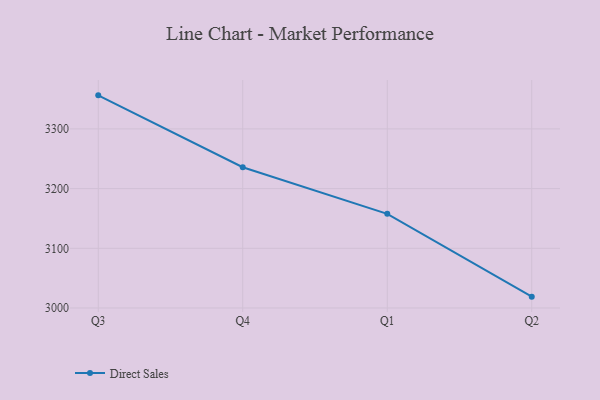
{"axis": {"x": "Quarter", "y": "Bounce Rate (%)"}, "legend": ["Direct Sales"], "data": [{"x": "Q3", "y": 3356.2, "type": "Direct Sales"}, {"x": "Q4", "y": 3235.8, "type": "Direct Sales"}, {"x": "Q1", "y": 3157.7, "type": "Direct Sales"}, {"x": "Q2", "y": 3019.0, "type": "Direct Sales"}]}